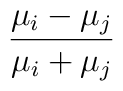
{\frac{\mu_{i}-\mu_{j}}{\mu_{i}+\mu_{j}}}